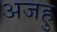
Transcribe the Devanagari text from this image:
अजहु